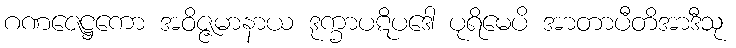
ဂဏဇေဋ္ဌကော အဝိဇ္ဇမာနာယ ဒုက္ခာပဋိပဒေါ ပုရိမေပိ အာတာပီတိအာဒီသု